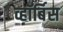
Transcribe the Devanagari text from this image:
व्हॉर्बिस